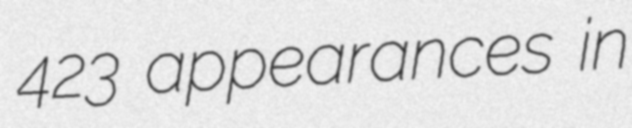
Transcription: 423 appearances in